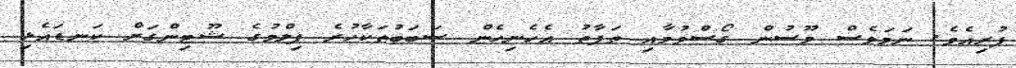
ފުރިއެވެ. ނަމަވެސް މޫސުން ގޯސްވުމާއި ތަފާތު އެހެނިހެން ސަބަބުތަކާހުރެ ފިލްމުގެ ޝޫޓިންގަށް ކަނޑައެޅި